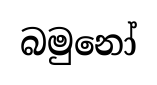
බමුනෝ